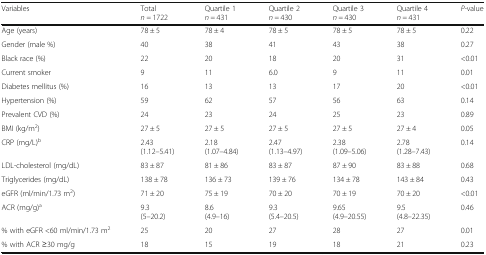
<table><thead><tr><td><b>Variables</b></td><td><b>Total<i>n =</i> 1722</b></td><td><b>Quartile 1<i>n =</i> 431</b></td><td><b>Quartile 2<i>n =</i> 430</b></td><td><b>Quartile 3<i>n =</i> 430</b></td><td><b>Quartile 4<i>n =</i> 431</b></td><td><b><i>P-</i>value</b></td></tr></thead><tbody><tr><td>Age (years)</td><td>78 ± 5</td><td>78 ± 4</td><td>78 ± 5</td><td>78 ± 5</td><td>78 ± 5</td><td>0.22</td></tr><tr><td>Gender (male %)</td><td>40</td><td>38</td><td>41</td><td>43</td><td>38</td><td>0.27</td></tr><tr><td>Black race (%)</td><td>22</td><td>20</td><td>18</td><td>20</td><td>31</td><td>&lt;0.01</td></tr><tr><td>Current smoker</td><td>9</td><td>11</td><td>6.0</td><td>9</td><td>11</td><td>0.01</td></tr><tr><td>Diabetes mellitus (%)</td><td>16</td><td>13</td><td>13</td><td>17</td><td>20</td><td>&lt;0.01</td></tr><tr><td>Hypertension (%)</td><td>59</td><td>62</td><td>57</td><td>56</td><td>63</td><td>0.14</td></tr><tr><td>Prevalent CVD (%)</td><td>24</td><td>23</td><td>24</td><td>25</td><td>23</td><td>0.89</td></tr><tr><td>BMI (kg/m<sup>2</sup>)</td><td>27 ± 5</td><td>27 ± 5</td><td>27 ± 5</td><td>27 ± 5</td><td>27 ± 4</td><td>0.05</td></tr><tr><td>CRP (mg/L)<sup>b</sup></td><td>2.43(1.12–5.41)</td><td>2.18(1.07–4.84)</td><td>2.47(1.13–4.97)</td><td>2.38(1.09–5.06)</td><td>2.78(1.28–7.43)</td><td>0.14</td></tr><tr><td>LDL-cholesterol (mg/dL)</td><td>83 ± 87</td><td>81 ± 86</td><td>83 ± 87</td><td>87 ± 90</td><td>83 ± 88</td><td>0.68</td></tr><tr><td>Triglycerides (mg/dL)</td><td>138 ± 78</td><td>136 ± 73</td><td>139 ± 76</td><td>134 ± 78</td><td>143 ± 84</td><td>0.43</td></tr><tr><td>eGFR (ml/min/1.73 m<sup>2</sup>)</td><td>71 ± 20</td><td>75 ± 19</td><td>70 ± 20</td><td>70 ± 19</td><td>70 ± 20</td><td>&lt;0.01</td></tr><tr><td>ACR (mg/g)<sup>a</sup></td><td>9.3(5–20.2)</td><td>8.6(4.9–16)</td><td>9.3(5.4–20.5)</td><td>9.65(4.9–20.55)</td><td>9.5(4.8–22.35)</td><td>0.46</td></tr><tr><td>% with eGFR &lt;60 ml/min/1.73 m<sup>2</sup></td><td>25</td><td>20</td><td>27</td><td>28</td><td>27</td><td>0.01</td></tr><tr><td>% with ACR ≥30 mg/g</td><td>18</td><td>15</td><td>19</td><td>18</td><td>21</td><td>0.23</td></tr></tbody></table>